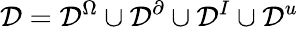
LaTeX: \mathcal{D}=\mathcal{D}^{\Omega}\cup\mathcal{D}^{\partial}\cup\mathcal{D}^{I}\cup\mathcal{D}^{u}